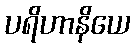
ပရိဟာနိယေ